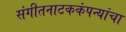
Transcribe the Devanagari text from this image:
संगीतनाटककंपन्यांचा